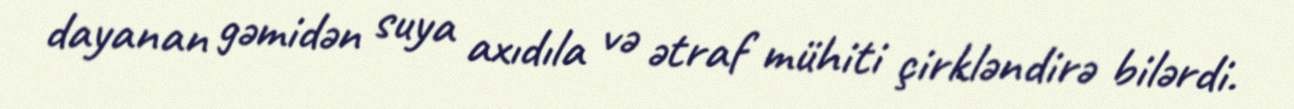
dayanan gəmidən suya axıdıla və ətraf mühiti çirkləndirə bilərdi.